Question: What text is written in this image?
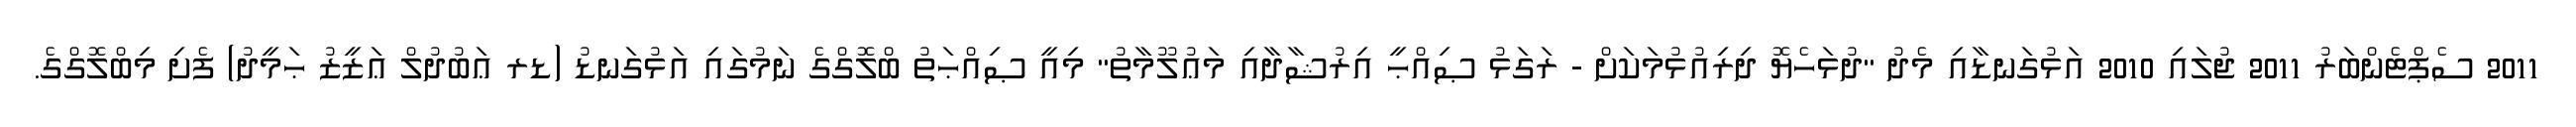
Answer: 2011 ސެޕްޓެންބަރު 2011 ޖުލައި 2010 އަޅުގަނޑާއި މެދު "ދުޅަހެޔޮ ދިރިއުޅުމަކަށް - ރަގަޅު ޞިއްޙީ އިރުޝާދާއި މަޢުލޫމާތު" މިއީ ޞިއްޙަތު ބްލޮގްގެ ނަމުގައި އަޅުގަނޑު (ޑރ ޢަބުދުލް ޢަޒީޒު ޙަމީދު) ފެށި މިބްލޮގްގެ.